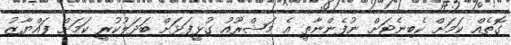
ގޮތެއް ކަމަށް ކެބިނެޓަށް ނުފެންނާތީ އެ މަޝްރޫއު ގުޅީފަޅަށް ބަދަލުކުރީ ކަމަށް ފައްޔާޒު